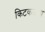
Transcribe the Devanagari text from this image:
किटकजन्य